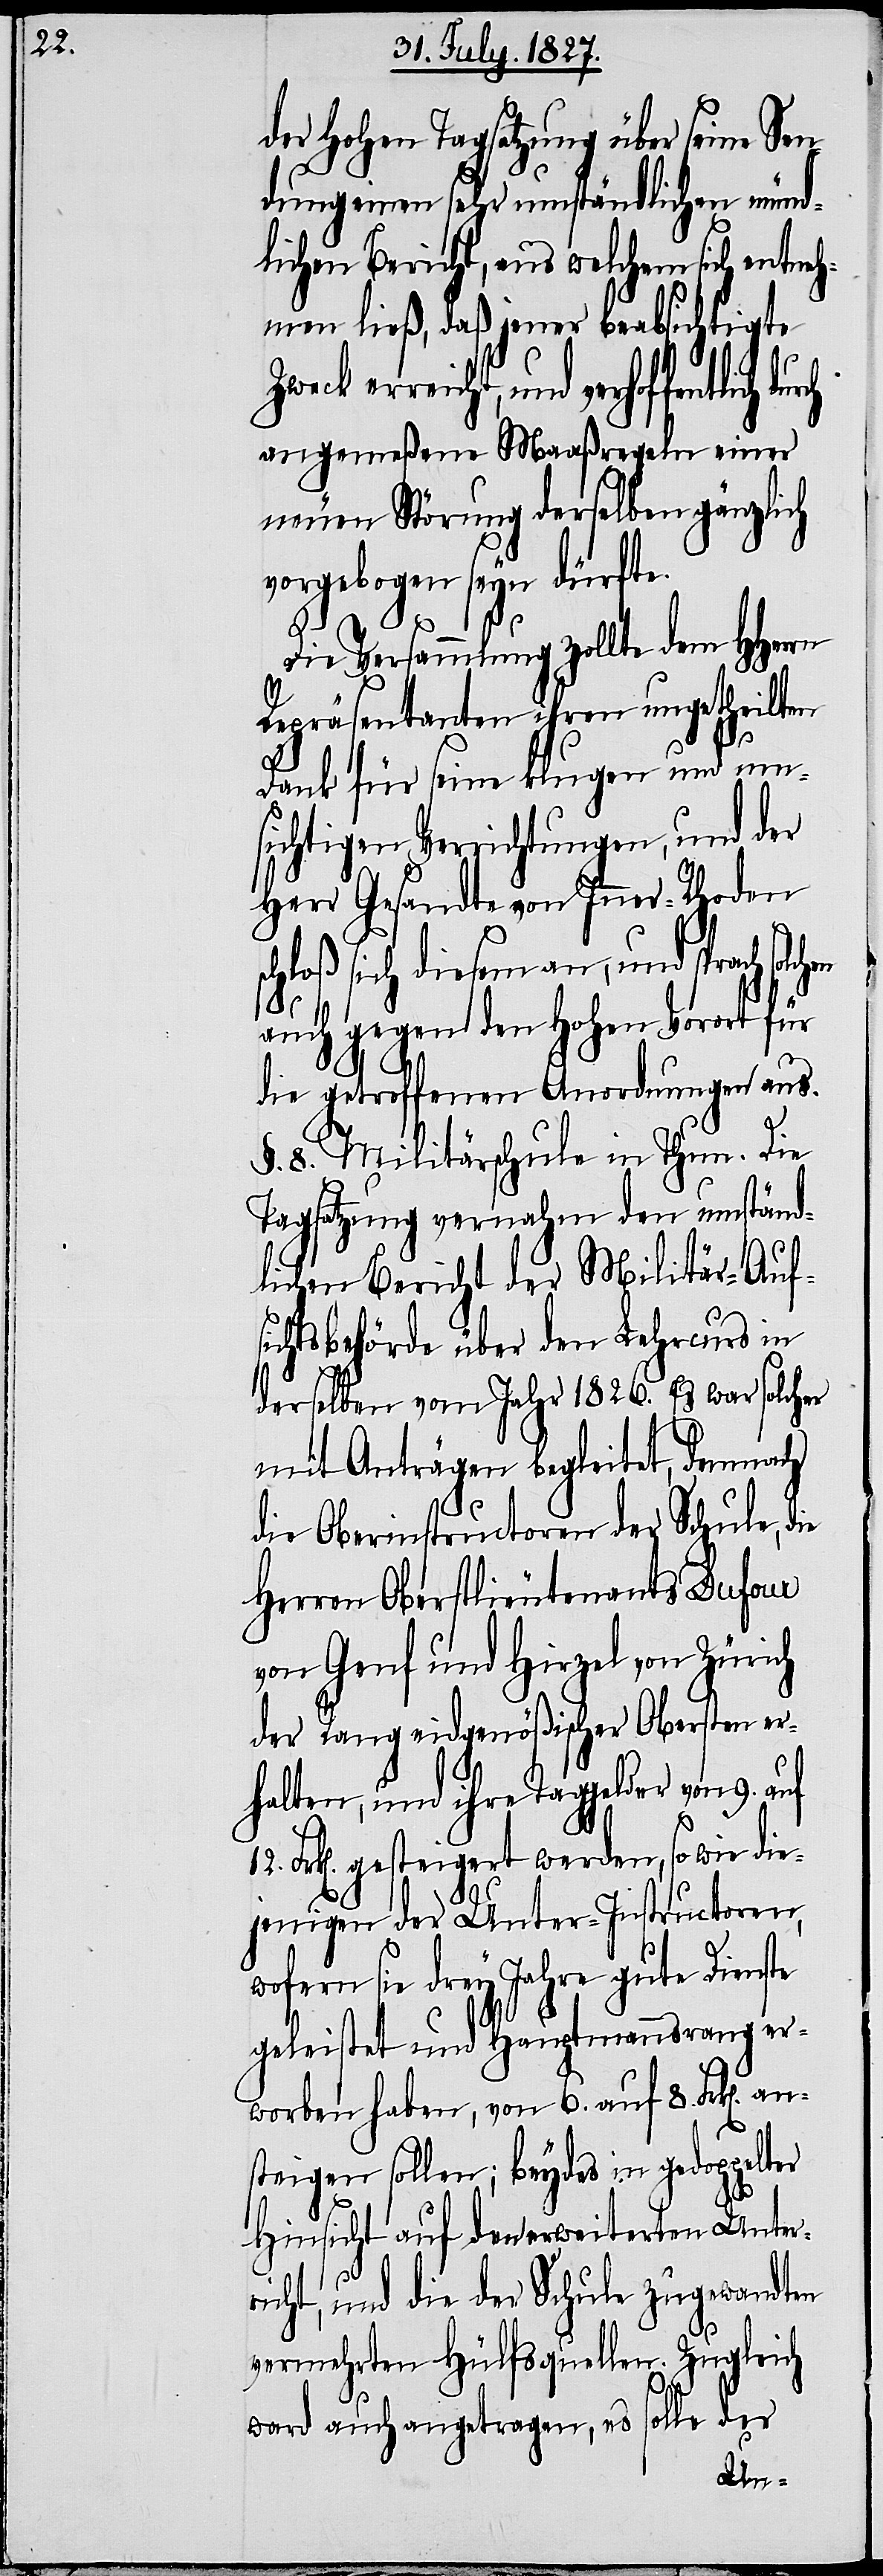
der Hohen Tagsatzung über seine Sen¬
dung einen sehr umständlichen münd¬
lichen Bericht, aus welchem sich entne¬
hmen ließ, daß jener beabsichtigte
angemeßene Maaßregeln einer
neuen Störung derselben gänzlich
vorgebogen seyn dürfte.
Die Versammlung zollte dem HHerrn
Repräsentanten ihren ungetheilten
Dank für seine klugen und um¬
sichtigen Verrichtungen, und der
Herr Gesandte von Inner-Rhoden
chloß sich diesem an, und sprach
auch gegen den Hohen Vorort für
die getroffenen Anordnungen aus.
§. 8. Militärschule in Thun. Die
Tagsatzung vernahm den umständ¬
lichen Bericht der Militär-Aufs¬
ichtsbehörde über den Lehrcurs in
derselben vom Jahr 1826. Es war solcher
mit Anträgen begleitet, demnach
die Oberinstructoren der Schule,
Herren Oberstlieutenant Dufour
von Genf und Hirzel von Zürich
der Rang eidgenößischer Obersten er¬
halten, und ihre Taggelder von 9.
Frk[en]. gesteigert werden, so wie die¬
jenigen der Unter-Instructoren,
wofern sie drey Jahre gute Dienste
geleistet und Hauptmannsrang er¬
worben haben, von 6. auf 8. Frk[en].
steigen sollen; beydes in gedoppelter
Hinsicht auf den erweiterten Unter¬
an¬
richt, und die der Schule zugewandten
vermehrten Hülfsquellen. Zugleich
ward auch angetragen, es solle der